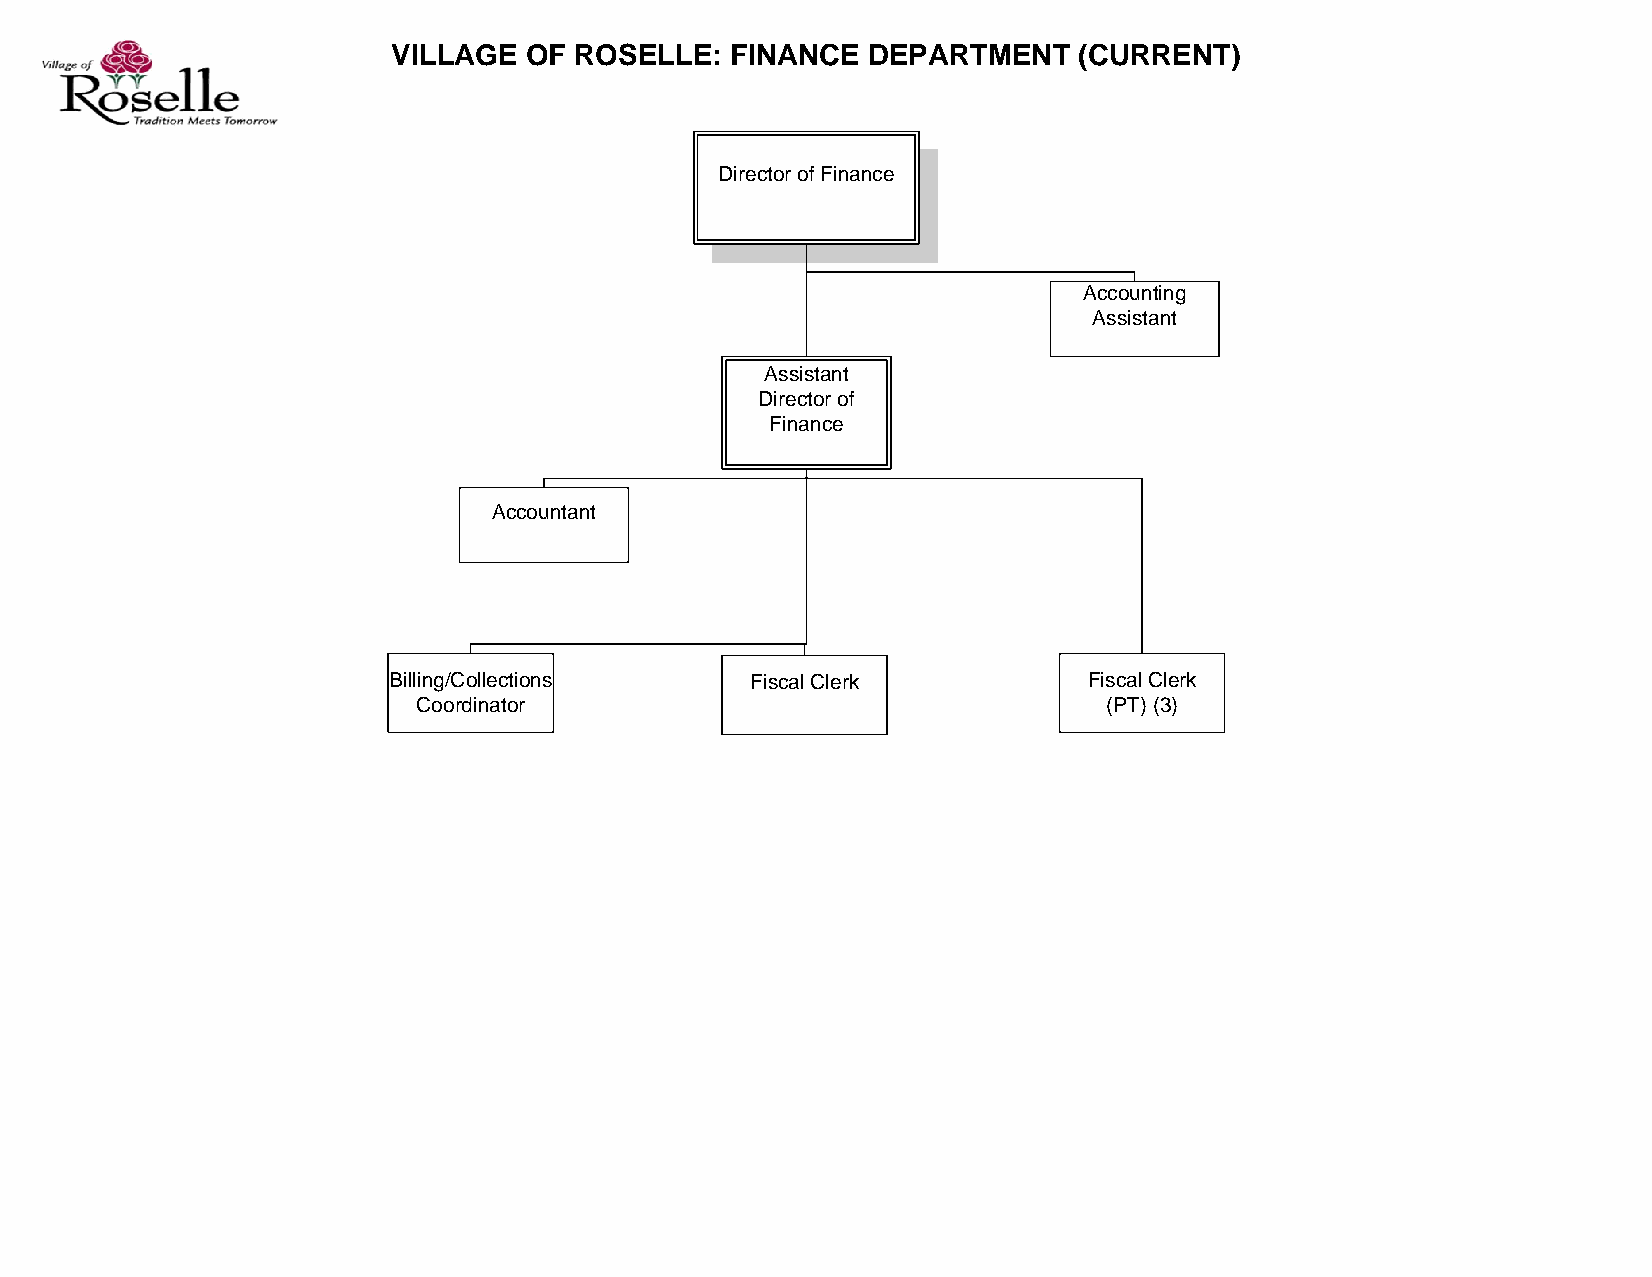
VILLAGE  OF ROSELLE:  FINANCE  DEPARTMENT    (CURRENT)
 Director of Finance
 Accounting
 Assistant
 Assistant
 Director of
 Finance
 Accountant
 Billing/Collections     Fiscal Clerk          Fiscal Clerk
 Coordinator                                  (PT) (3)